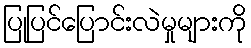
ပြုပြင်ပြောင်းလဲမှုများကို